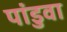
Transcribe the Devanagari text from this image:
पांडुवा